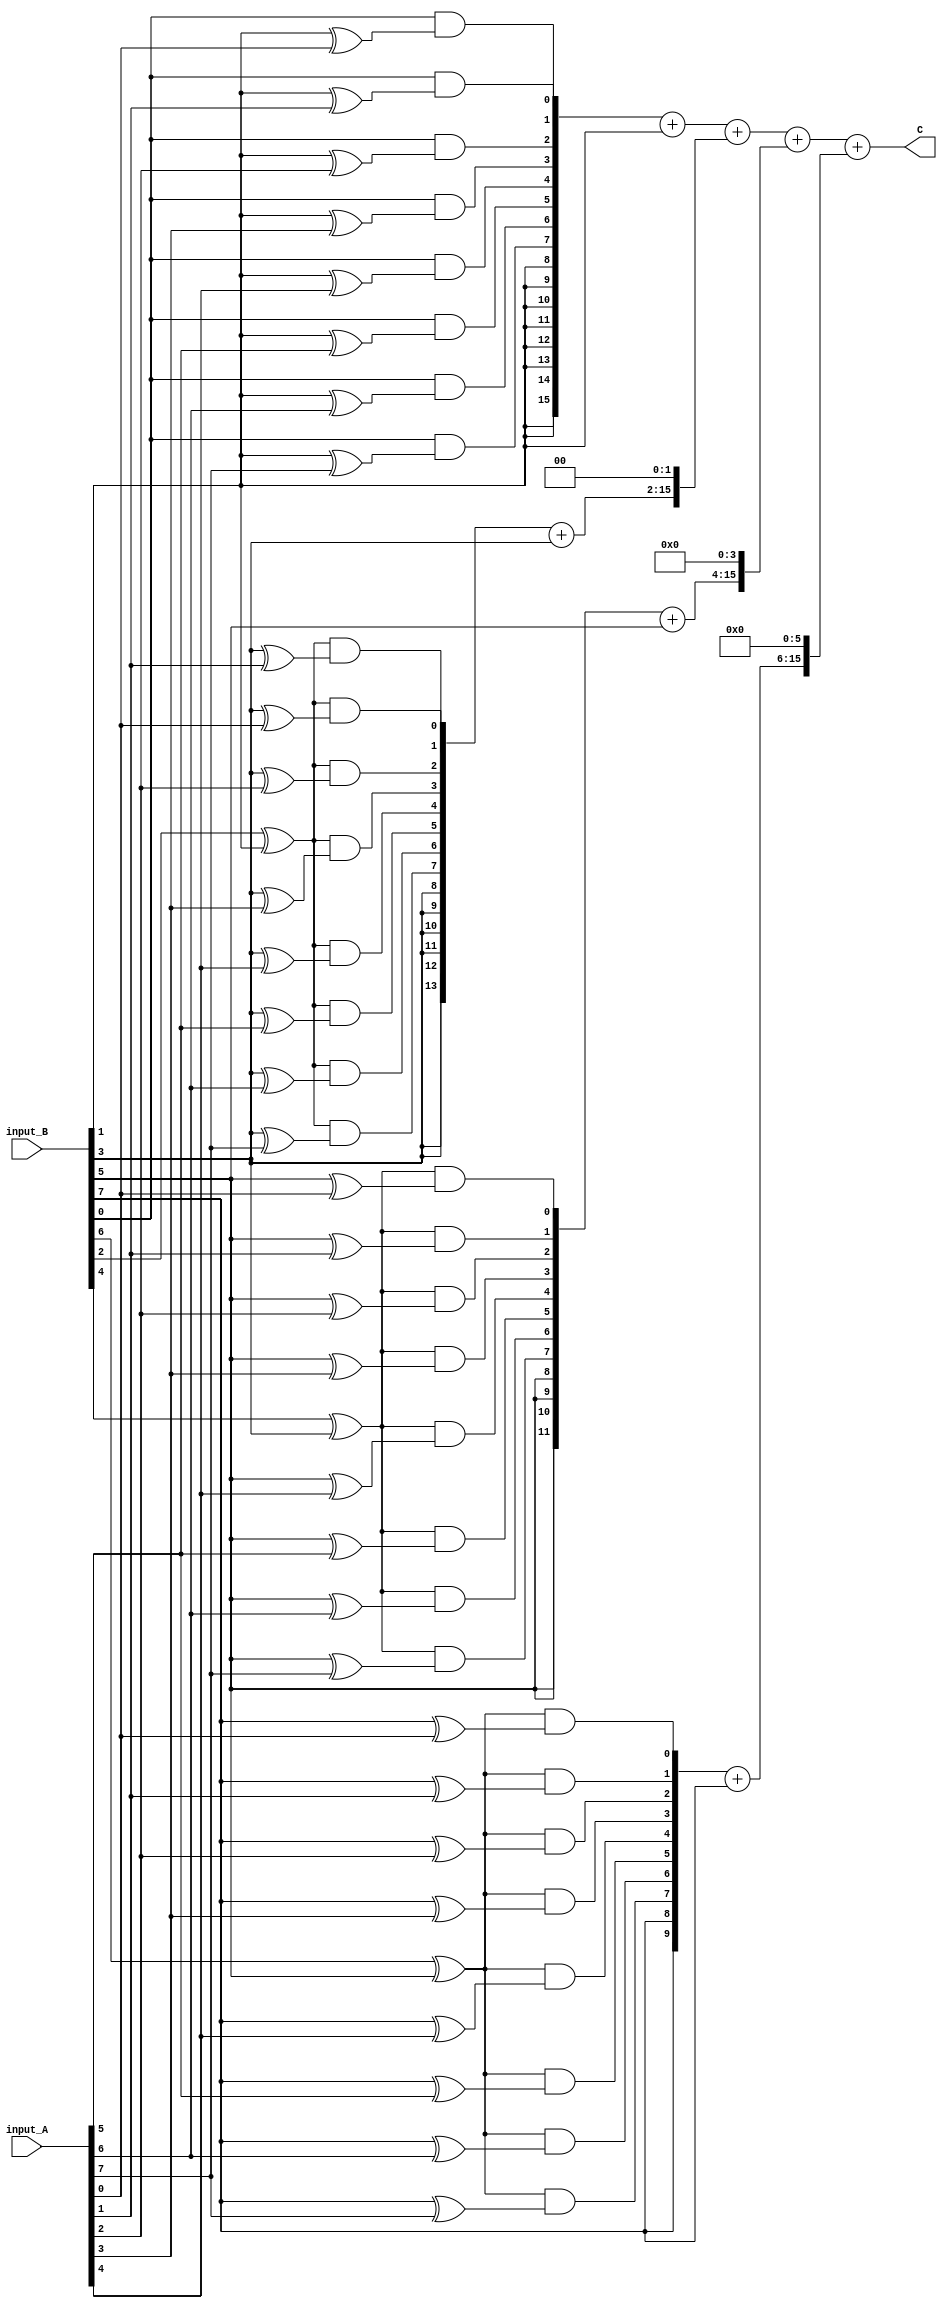
module Booth_App #(parameter WIDTH = 8)
(
    input signed    [WIDTH - 1 : 0] input_A,
    input signed    [WIDTH - 1 : 0] input_B, 
    output signed   [2 * WIDTH - 1 : 0] C 
);
    wire signed [WIDTH - 1 : -1] A = {input_A, 1'b0};
    wire signed [WIDTH - 1 : -1] B = {input_B, 1'b0};
    wire signed [2 * WIDTH - 1 : 0] PP [0 : (WIDTH / 2) - 1];
    wire S [0 : (WIDTH / 2) - 1];
    genvar i, j;
    generate
        for (i = 0; i < WIDTH / 2; i = i + 1)
        begin
            for(j = 0; j < WIDTH; j = j + 1)
            begin
                assign PP[i][j] =   (   (B[2 * i] ^ B[2 * i - 1]) &&
                                        (B[2 * i + 1] ^ A[j])  
                                    );
                assign S[i] = B[2 * i + 1];
            end
            assign PP[i][2 * WIDTH - 1 : WIDTH] = {WIDTH{S[i]}};
        end
    endgenerate

    assign  C = ( (PP[0] + S[0]) << 0)    +   
                ( (PP[1] + S[1]) << 2)    +   
                ( (PP[2] + S[2]) << 4)    +   
                ( (PP[3] + S[3]) << 6);
endmodule